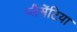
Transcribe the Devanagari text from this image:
प्लैसेंटिया